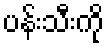
ပန်းသီးကို